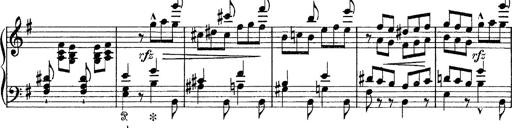
Title: Tarantelle di bravura dâ€™aprÃ¨s la tarantelle de La muette de Portici
Composer: Franz Liszt